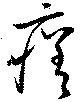
瘥